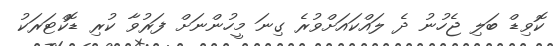
ކޮވިޑް ބަލި ޖެހުނު ދެ ލައްކައަށްވުރެ ގިނަ މީހުންނަށް ފަރުވާ ކުރި ޑޮކްޓަރަކު